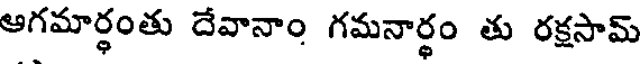
ఆగమార్థంతు దేవానాం గమనార్థం తు రక్షసామ్